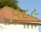
૫૮૯